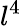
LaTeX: l^{4}